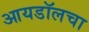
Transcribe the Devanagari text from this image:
आयडॉलचा